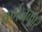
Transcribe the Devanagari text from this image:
वर्णनकार